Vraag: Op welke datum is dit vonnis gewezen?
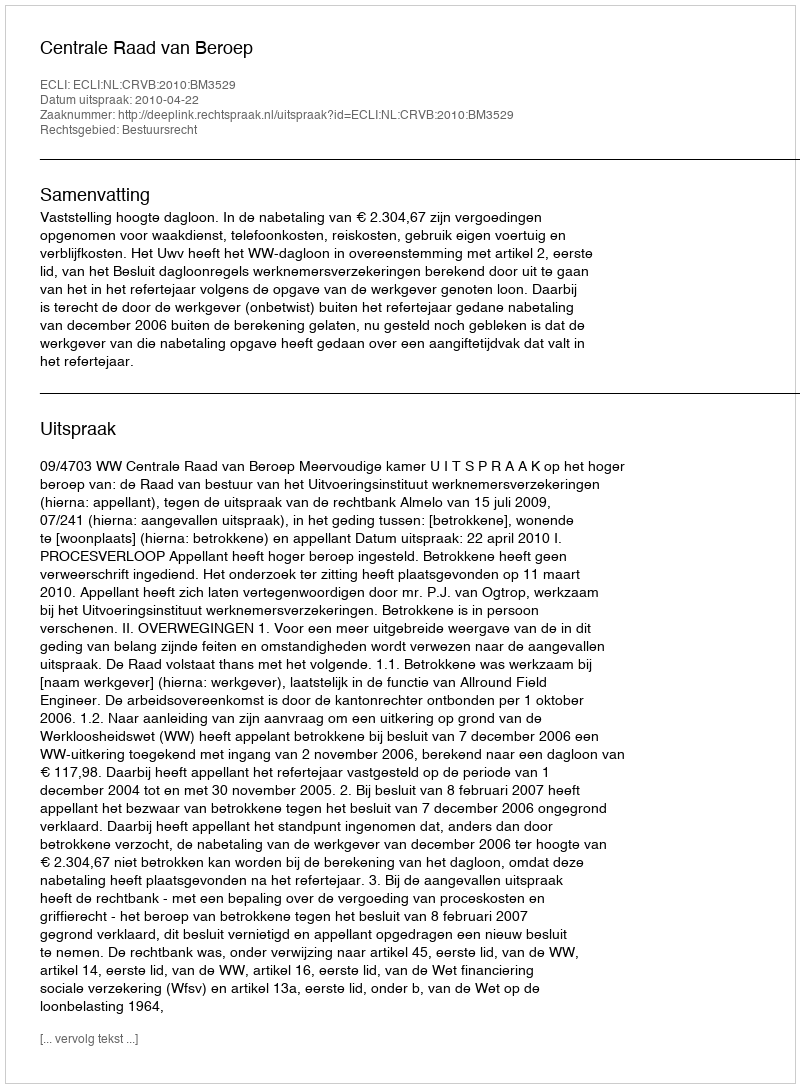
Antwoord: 2010-04-22